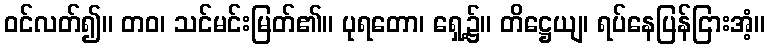
ဝင်လတ်၍။ တဝ၊ သင်မင်းမြတ်၏။ ပုရတော၊ ရှေ့၌။ တိဋ္ဌေယျ၊ ရပ်နေပြန်ငြားအံ့။